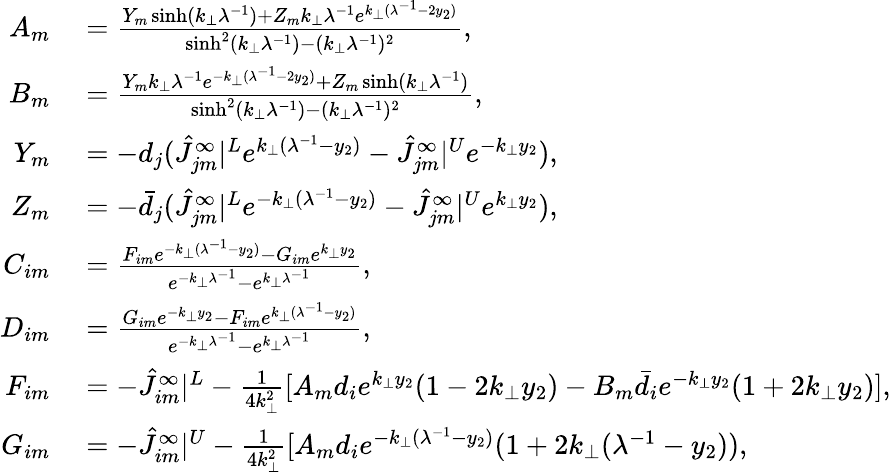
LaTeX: \begin{array}{rl}{A_{m}}&{{}=\frac{Y_{m}\sinh(k_{\perp}\lambda^{-1})+Z_{m}k_{\perp}\lambda^{-1}e^{k_{\perp}(\lambda^{-1}-2y_{2})}}{\sinh^{2}(k_{\perp}\lambda^{-1})-(k_{\perp}\lambda^{-1})^{2}},}\\ {B_{m}}&{{}=\frac{Y_{m}k_{\perp}\lambda^{-1}e^{-k_{\perp}(\lambda^{-1}-2y_{2})}+Z_{m}\sinh(k_{\perp}\lambda^{-1})}{\sinh^{2}(k_{\perp}\lambda^{-1})-(k_{\perp}\lambda^{-1})^{2}},}\\ {Y_{m}}&{{}=-d_{j}(\hat{J}_{jm}^{\infty}|^{L}e^{k_{\perp}(\lambda^{-1}-y_{2})}-\hat{J}_{jm}^{\infty}|^{U}e^{-k_{\perp}y_{2}}),}\\ {Z_{m}}&{{}=-\bar{d}_{j}(\hat{J}_{jm}^{\infty}|^{L}e^{-k_{\perp}(\lambda^{-1}-y_{2})}-\hat{J}_{jm}^{\infty}|^{U}e^{k_{\perp}y_{2}}),}\\ {C_{im}}&{{}=\frac{F_{im}e^{-k_{\perp}(\lambda^{-1}-y_{2})}-G_{im}e^{k_{\perp}y_{2}}}{e^{-k_{\perp}\lambda^{-1}}-e^{k_{\perp}\lambda^{-1}}},}\\ {D_{im}}&{{}=\frac{G_{im}e^{-k_{\perp}y_{2}}-F_{im}e^{k_{\perp}(\lambda^{-1}-y_{2})}}{e^{-k_{\perp}\lambda^{-1}}-e^{k_{\perp}\lambda^{-1}}},}\\ {F_{im}}&{{}=-\hat{J}_{im}^{\infty}|^{L}-\frac{1}{4k_{\perp}^{2}}[A_{m}d_{i}e^{k_{\perp}y_{2}}(1-2k_{\perp}y_{2})-B_{m}\bar{d}_{i}e^{-k_{\perp}y_{2}}(1+2k_{\perp}y_{2})],}\\ {G_{im}}&{{}=-\hat{J}_{im}^{\infty}|^{U}-\frac{1}{4k_{\perp}^{2}}[A_{m}d_{i}e^{-k_{\perp}(\lambda^{-1}-y_{2})}(1+2k_{\perp}(\lambda^{-1}-y_{2})),}\end{array}